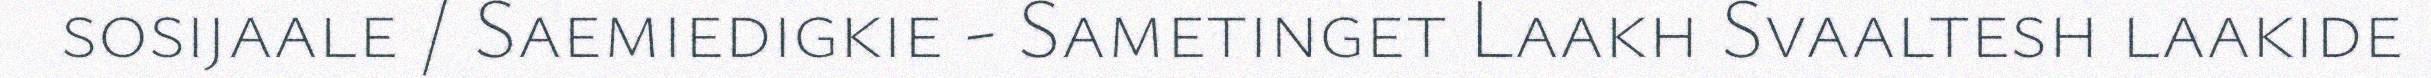
sosijaale / Saemiedigkie - Sametinget Laakh Svaaltesh laakide